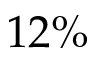
1 2 \%